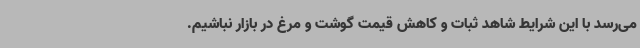
می‌رسد با این شرایط شاهد ثبات و کاهش قیمت گوشت و مرغ در بازار نباشیم.